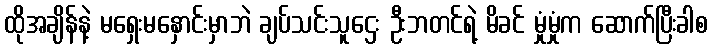
ထိုအချိန်နဲ့ မရှေးမနှောင်းမှာဘဲ ချပ်သင်းသူဌေး ဦးဘတင်ရဲ့ မိခင် မှုံမှုံက ဆောက်ပြီးခါစ